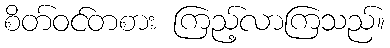
စိတ်ဝင်တစား ကြည့်လာကြသည်။